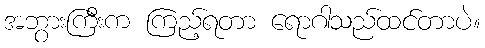
အဘွားကြီးက ကြည့်ရတာ ရောဂါသည်ထင်တာပဲ။